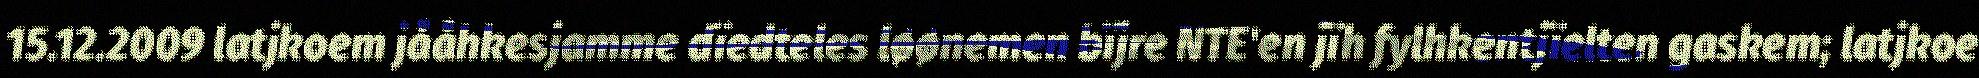
15.12.2009 latjkoem jååhkesjamme dïedteles løønemen bïjre NTE'en jïh fylhkentjïelten gaskem; latjkoe